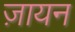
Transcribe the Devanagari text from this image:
ज़ायन